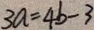
3 a = 4 b - 3